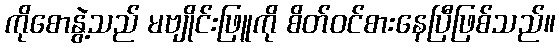
ကိုစောနွဲ့သည် မဗျိုင်းဖြူကို စိတ်ဝင်စားနေပြီဖြစ်သည်။